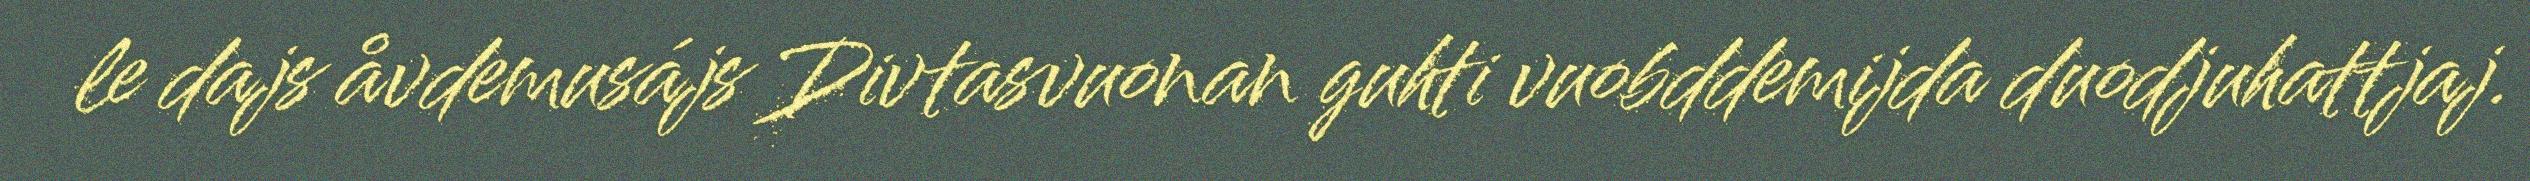
le dajs åvdemusájs Divtasvuonan guhti vuobddemijda duodjuhattjaj.